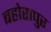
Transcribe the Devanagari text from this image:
बहोरापुर